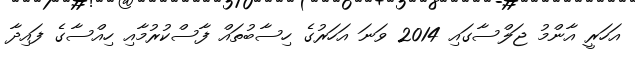
އަހަރީ އާންމު ޖަލްސާގައި 2014 ވަނަ އަހަރުގެ ހިސާބުތައް ފާސްކުުރުމާއި ހިއްސާގެ ފައިދާ